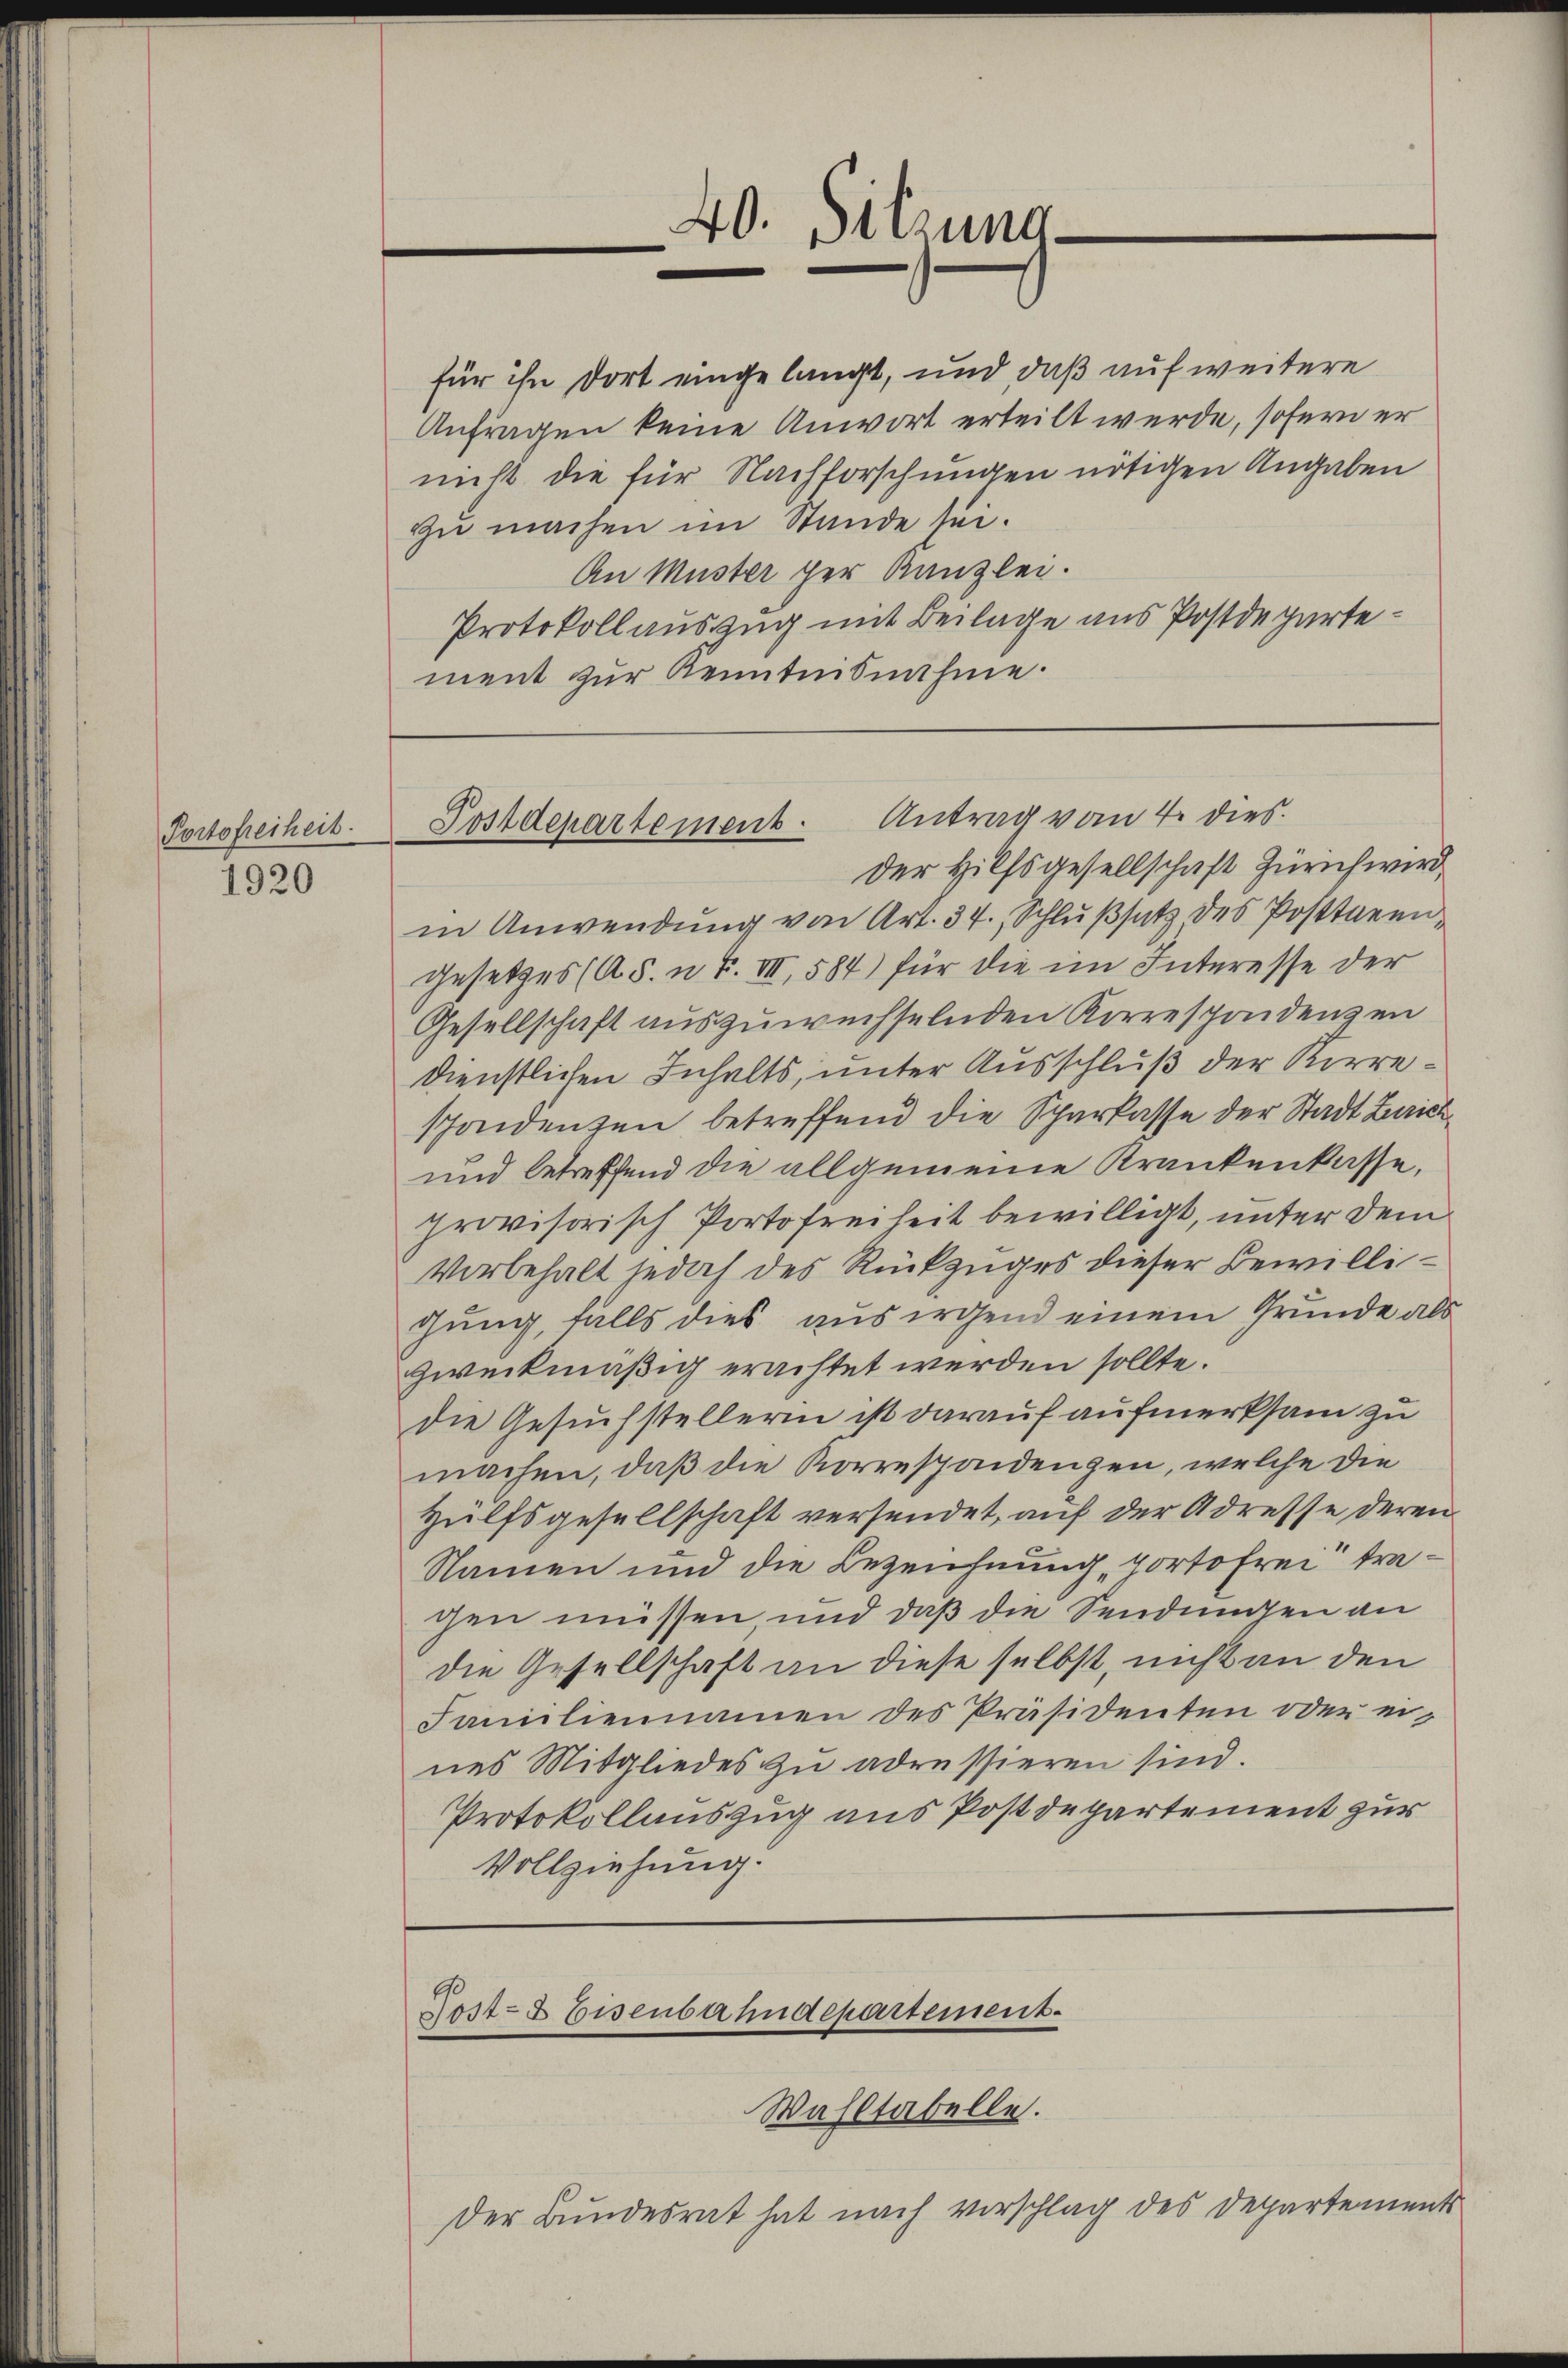
Portofreiheit.

1920

40. Sitzung.

Postdepartement. Antrag vom 4. dies

für ihn dort eingelangt, und, daß auf weitere
Anfragen keine Anwort erteilt werde, sofern er
nicht die für Nachforschungen nötigen Angaben
zu machen im Stande sei.
An Muster per Kanzlei.
Protokollauszug mit Beilage aus Postdepartement zur Kenntnisnahme.

Der Hilfsgesellschaft Zürich wird,
in Anwendŭng von Art. 34. Schlŭβsatz des Posttarengesetzes (AS. n. F. VII, 584) für die im Interesse der
Gesellschaft auszuwechselnden Korrespondenzen
dienstlichen Inhalts, unter Ausschluß der Korreschondenzen betreffend die Sparkasse der Stadt Zürich¬
und betreffend die allgemeine Krankenkasse,
provisorisch Portofreiheit bewilligt, unter dem
Vorbehalt jedoch des Rückzuges dieser Bewilligung, falls dies aus irgend einem Grunde als
zweckmäßig erachtet werden sollte.
die Gesuchstellerin ist darauf aufmerksam zu
machen, daß die Korrespondenzen, welche die
Hülfsgesellschaft versendet, auf der Adresse deren
Namen und die Bezeichnung, portofrei tragen müssen, und daß die Sendungen an
die Gesellschaft an diese selbst, nicht an den
Familiennamen des Präsidenten oder eines Mitgliedes zu adressieren sind.
Protokollauszug aus Postdepartement zur
Vollziehung.

Host- & Eisenbahndepartement.
Wahltabelle.

Der Bundesrat hat nach Vorschlag des Departements